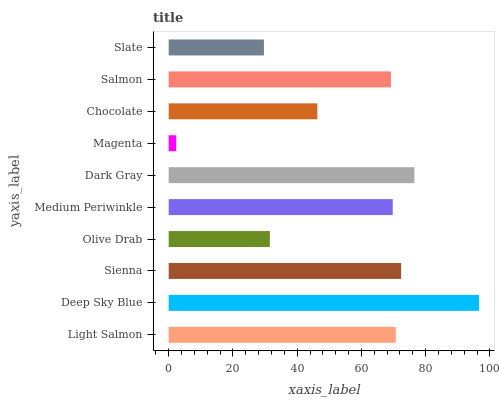
| yaxis_label | bars |
 | --- | --- |
 | Light Salmon | 70.7 |
 | Deep Sky Blue | 96.6 |
 | Sienna | 72.4 |
 | Olive Drab | 31.5 |
 | Medium Periwinkle | 69.7 |
 | Dark Gray | 76.5 |
 | Magenta | 2.35 |
 | Chocolate | 46.3 |
 | Salmon | 69.2 |
 | Slate | 29.7 |